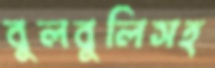
বুলবুলিসহ